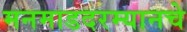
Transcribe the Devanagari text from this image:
मनमाडदरम्यानचे